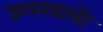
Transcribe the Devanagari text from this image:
ऊपरवालों